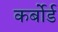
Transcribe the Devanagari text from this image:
कर्बोर्ड